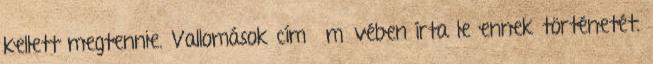
kellett megtennie. Vallomások című művében írta le ennek történetét.